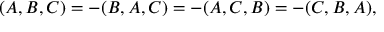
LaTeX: ( A , B , C ) = - ( B , A , C ) = - ( A , C , B ) = - ( C , B , A ) ,